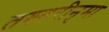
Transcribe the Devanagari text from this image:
तश्तरीनुमा